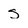
Character: S